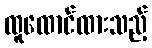
ထူထောင်ထားသည့်